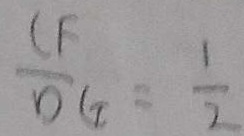
\frac { C F } { D G } = \frac { 1 } { 2 }